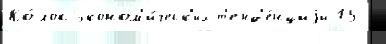
Ко́лос эконом'и́ческ'их т'енд'е́нциjи 15